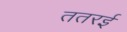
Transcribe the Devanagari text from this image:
ततरई